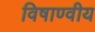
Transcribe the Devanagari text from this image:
विषाण्वीय